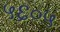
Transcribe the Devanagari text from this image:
५६०५